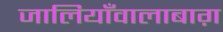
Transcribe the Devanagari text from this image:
जालियाँवालाबाग़